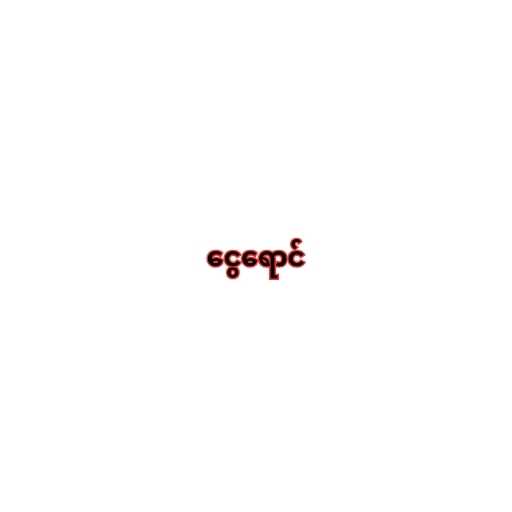
ငွေရောင်